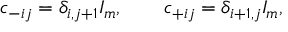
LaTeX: c _ { - i j } = \delta _ { i , j + 1 } I _ { m } , \qquad c _ { + i j } = \delta _ { i + 1 , j } I _ { m } ,